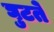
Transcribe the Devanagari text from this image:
घुटते